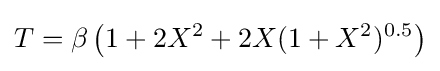
T=\beta \left(1+2X^{2}+2X(1+X^{2})^{0.5}\right)